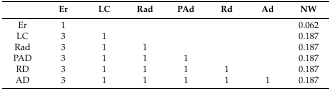
<table><thead><tr><td></td><td><b>Er</b></td><td><b>LC</b></td><td><b>Rad</b></td><td><b>PAd</b></td><td><b>Rd</b></td><td><b>Ad</b></td><td><b>NW</b></td></tr></thead><tbody><tr><td>Er</td><td>1</td><td></td><td></td><td></td><td></td><td></td><td>0.062</td></tr><tr><td>LC</td><td>3</td><td>1</td><td></td><td></td><td></td><td></td><td>0.187</td></tr><tr><td>Rad</td><td>3</td><td>1</td><td>1</td><td></td><td></td><td></td><td>0.187</td></tr><tr><td>PAD</td><td>3</td><td>1</td><td>1</td><td>1</td><td></td><td></td><td>0.187</td></tr><tr><td>RD</td><td>3</td><td>1</td><td>1</td><td>1</td><td>1</td><td></td><td>0.187</td></tr><tr><td>AD</td><td>3</td><td>1</td><td>1</td><td>1</td><td>1</td><td>1</td><td>0.187</td></tr></tbody></table>